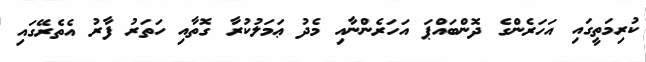
ކުރިމަތީގައި އަހަރެންގެ ދޮންބައްޕަ އަހަރެންނާއި މެދު ޢަމަލުކުރާ ގޮތާއި ހަތަރު ފާރު އެތެރޭގައި